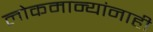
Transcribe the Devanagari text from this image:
लोकमान्‍यांनाही